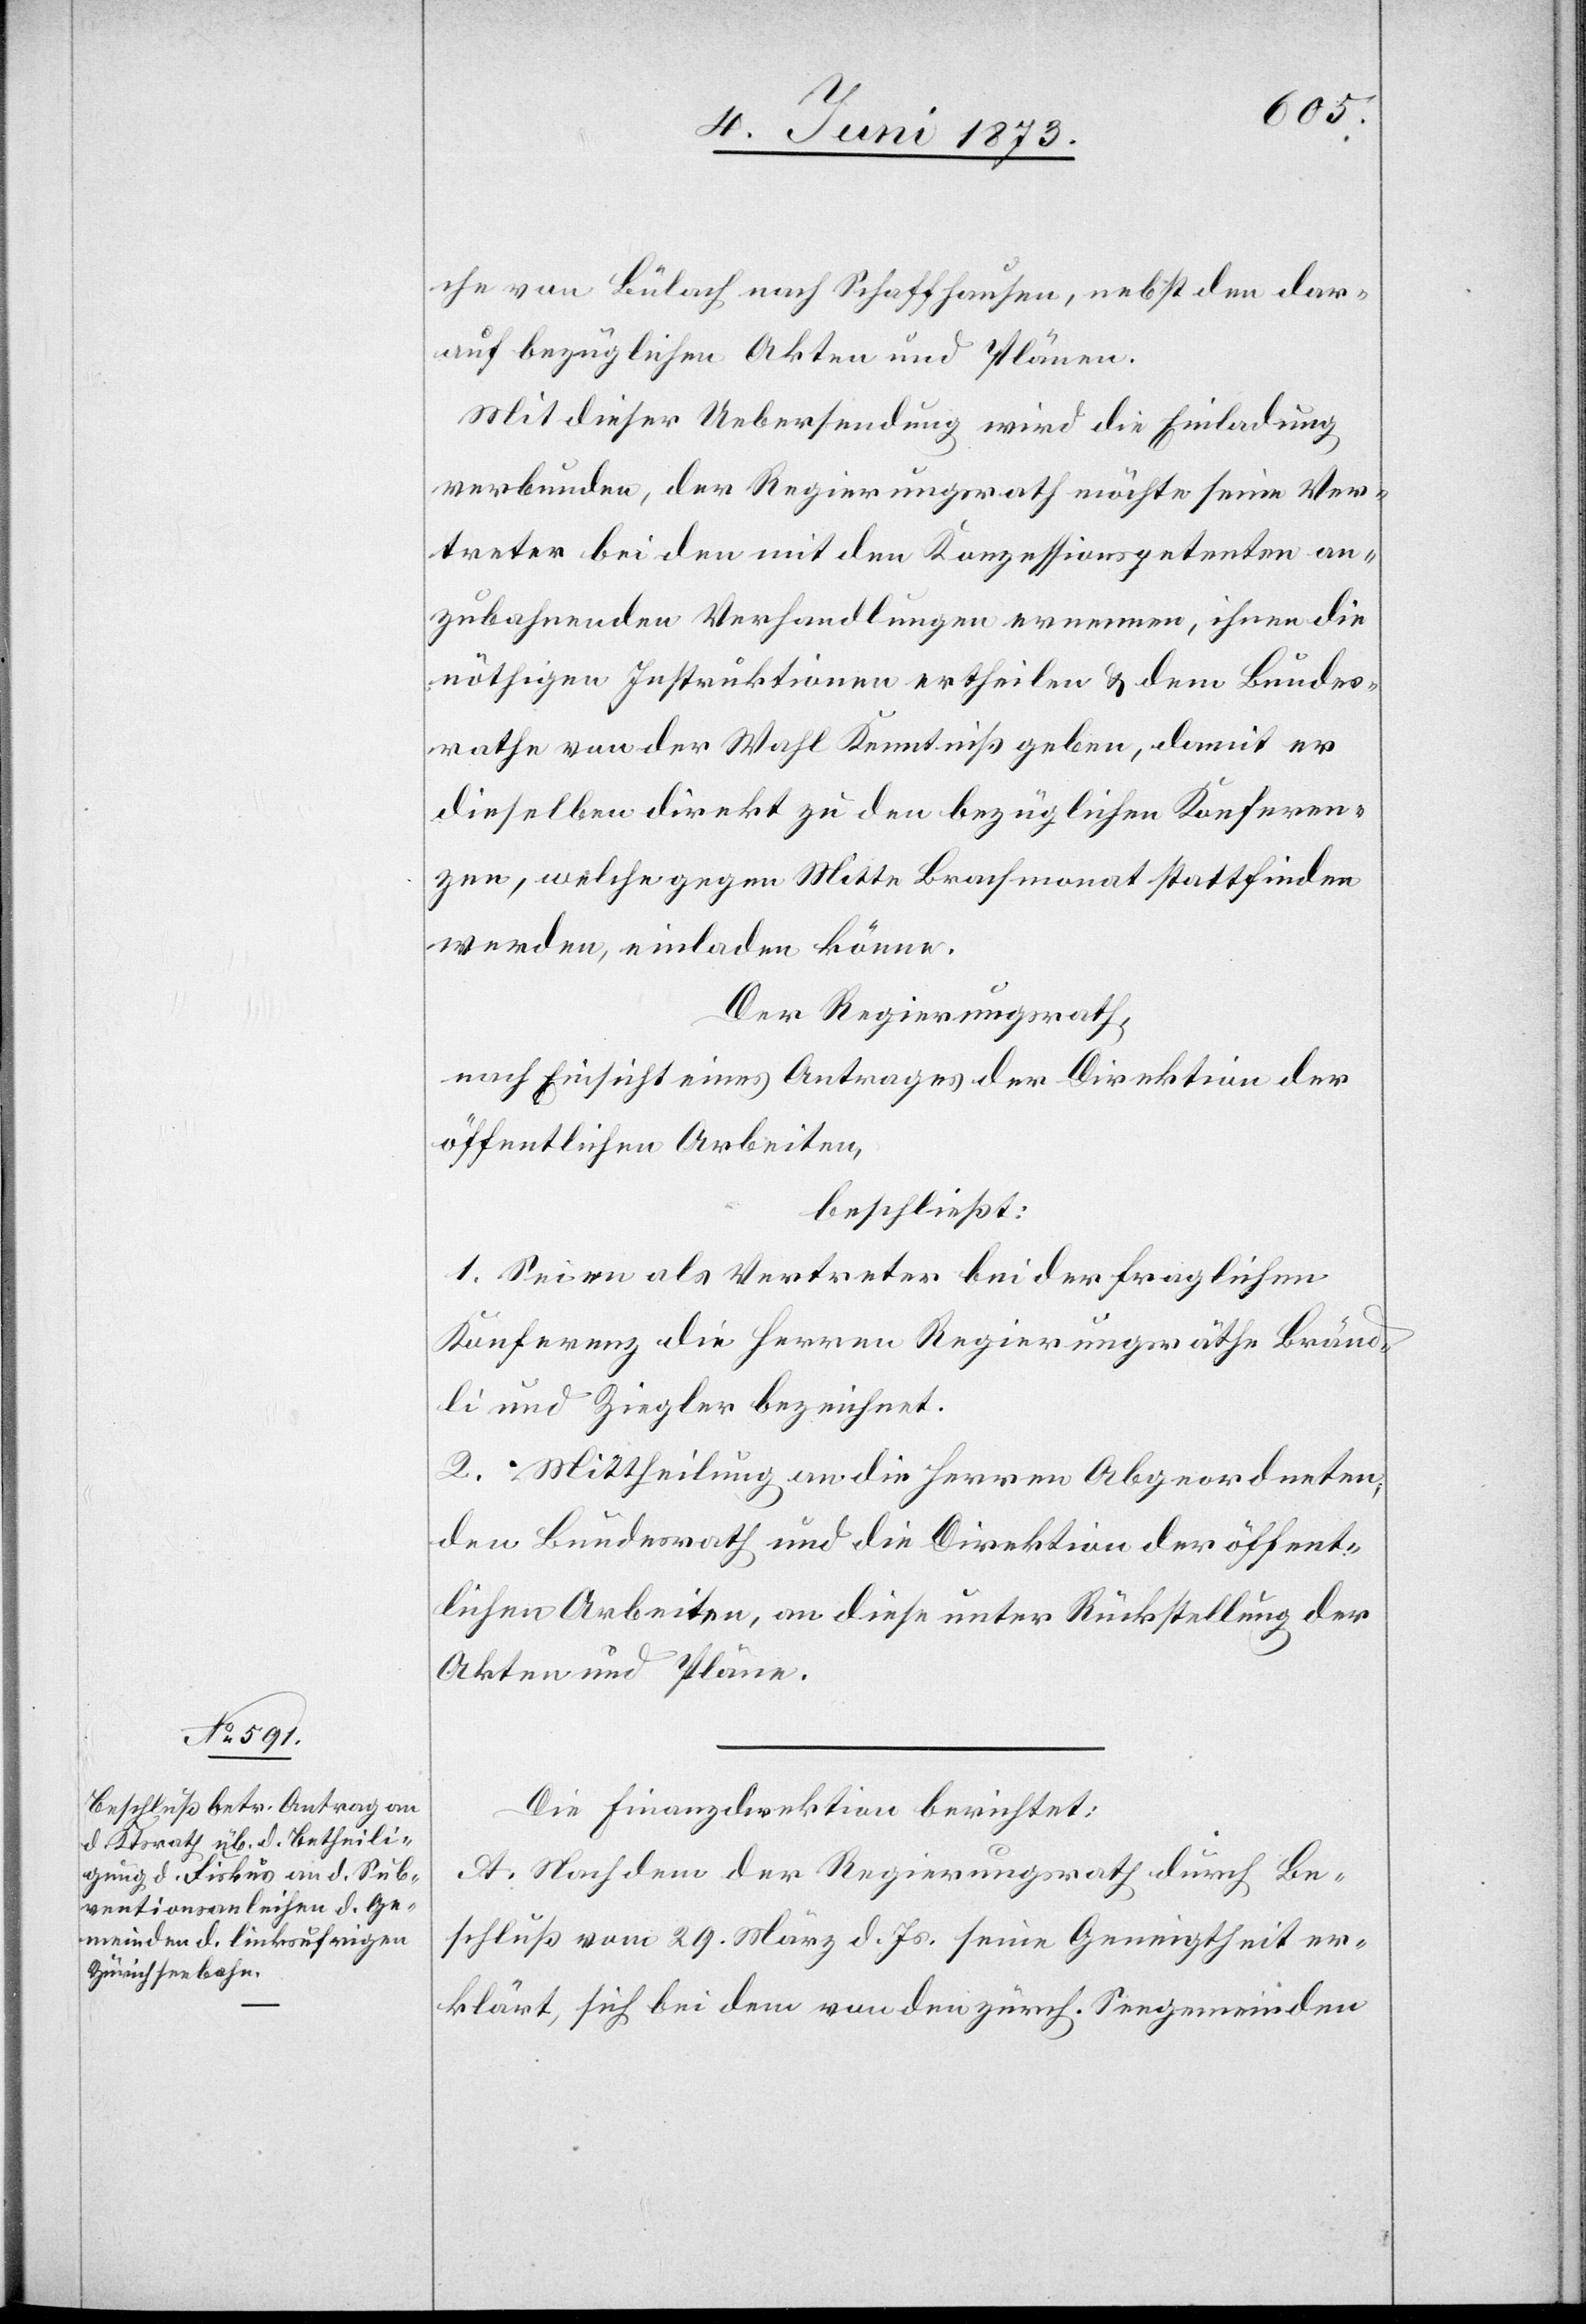
che von Bülach nach Schaffhausen, nebst den dar¬
auf bezüglichen Akten und Plänen.
Mit dieser Uebersendung wird die Einladung
verbunden, der Regierungsrath möchte seine Ver¬
treter bei den mit den Konzessionspetenten an¬
zubahnenden Verhandlungen ernennen, ihnen die
nöthigen Instruktionen ertheilen & dem Bundes¬
rathe von der Wahl Kenntniß geben, damit er
dieselben direkt zu den bezüglichen Konferen¬
zen, welche gegen Mitte Brachmonat stattfinden
werden, einladen könne.
Der Regierungsrath,
nach Einsicht eines Antrages der Direktion der
öffentlichen Arbeiten,
beschließt:
1. Seien als Vertreter bei der fraglichen
Konferenz die Herren Regierungsräthe Bränd¬
li und Ziegler bezeichnet.
2. Mittheilung an die Herren Abgeordneten,
den Bundesrath und die Direktion der öffent¬
lichen Arbeiten, an diese unter Rückstellung der
Akten und Pläne.
Die Finanzdirektion berichtet:
A. Nachdem der Regierungsrath durch Be¬
schluß vom 29. März d. Js. seine Geneigtheit er¬
klärt, sich bei dem von den zürch. Seegemeinden